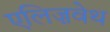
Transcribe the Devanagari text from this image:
एलिज़वेथ